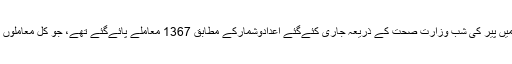
ان سات ریاستوں میں پیر کی شب وزارت صحت کے ذریعہ جاری کئےگئے اعدادوشمارکے مطابق 1367 معاملے پائےگئے تھے، جو کل معاملوں کا ایک تہائی ہے۔